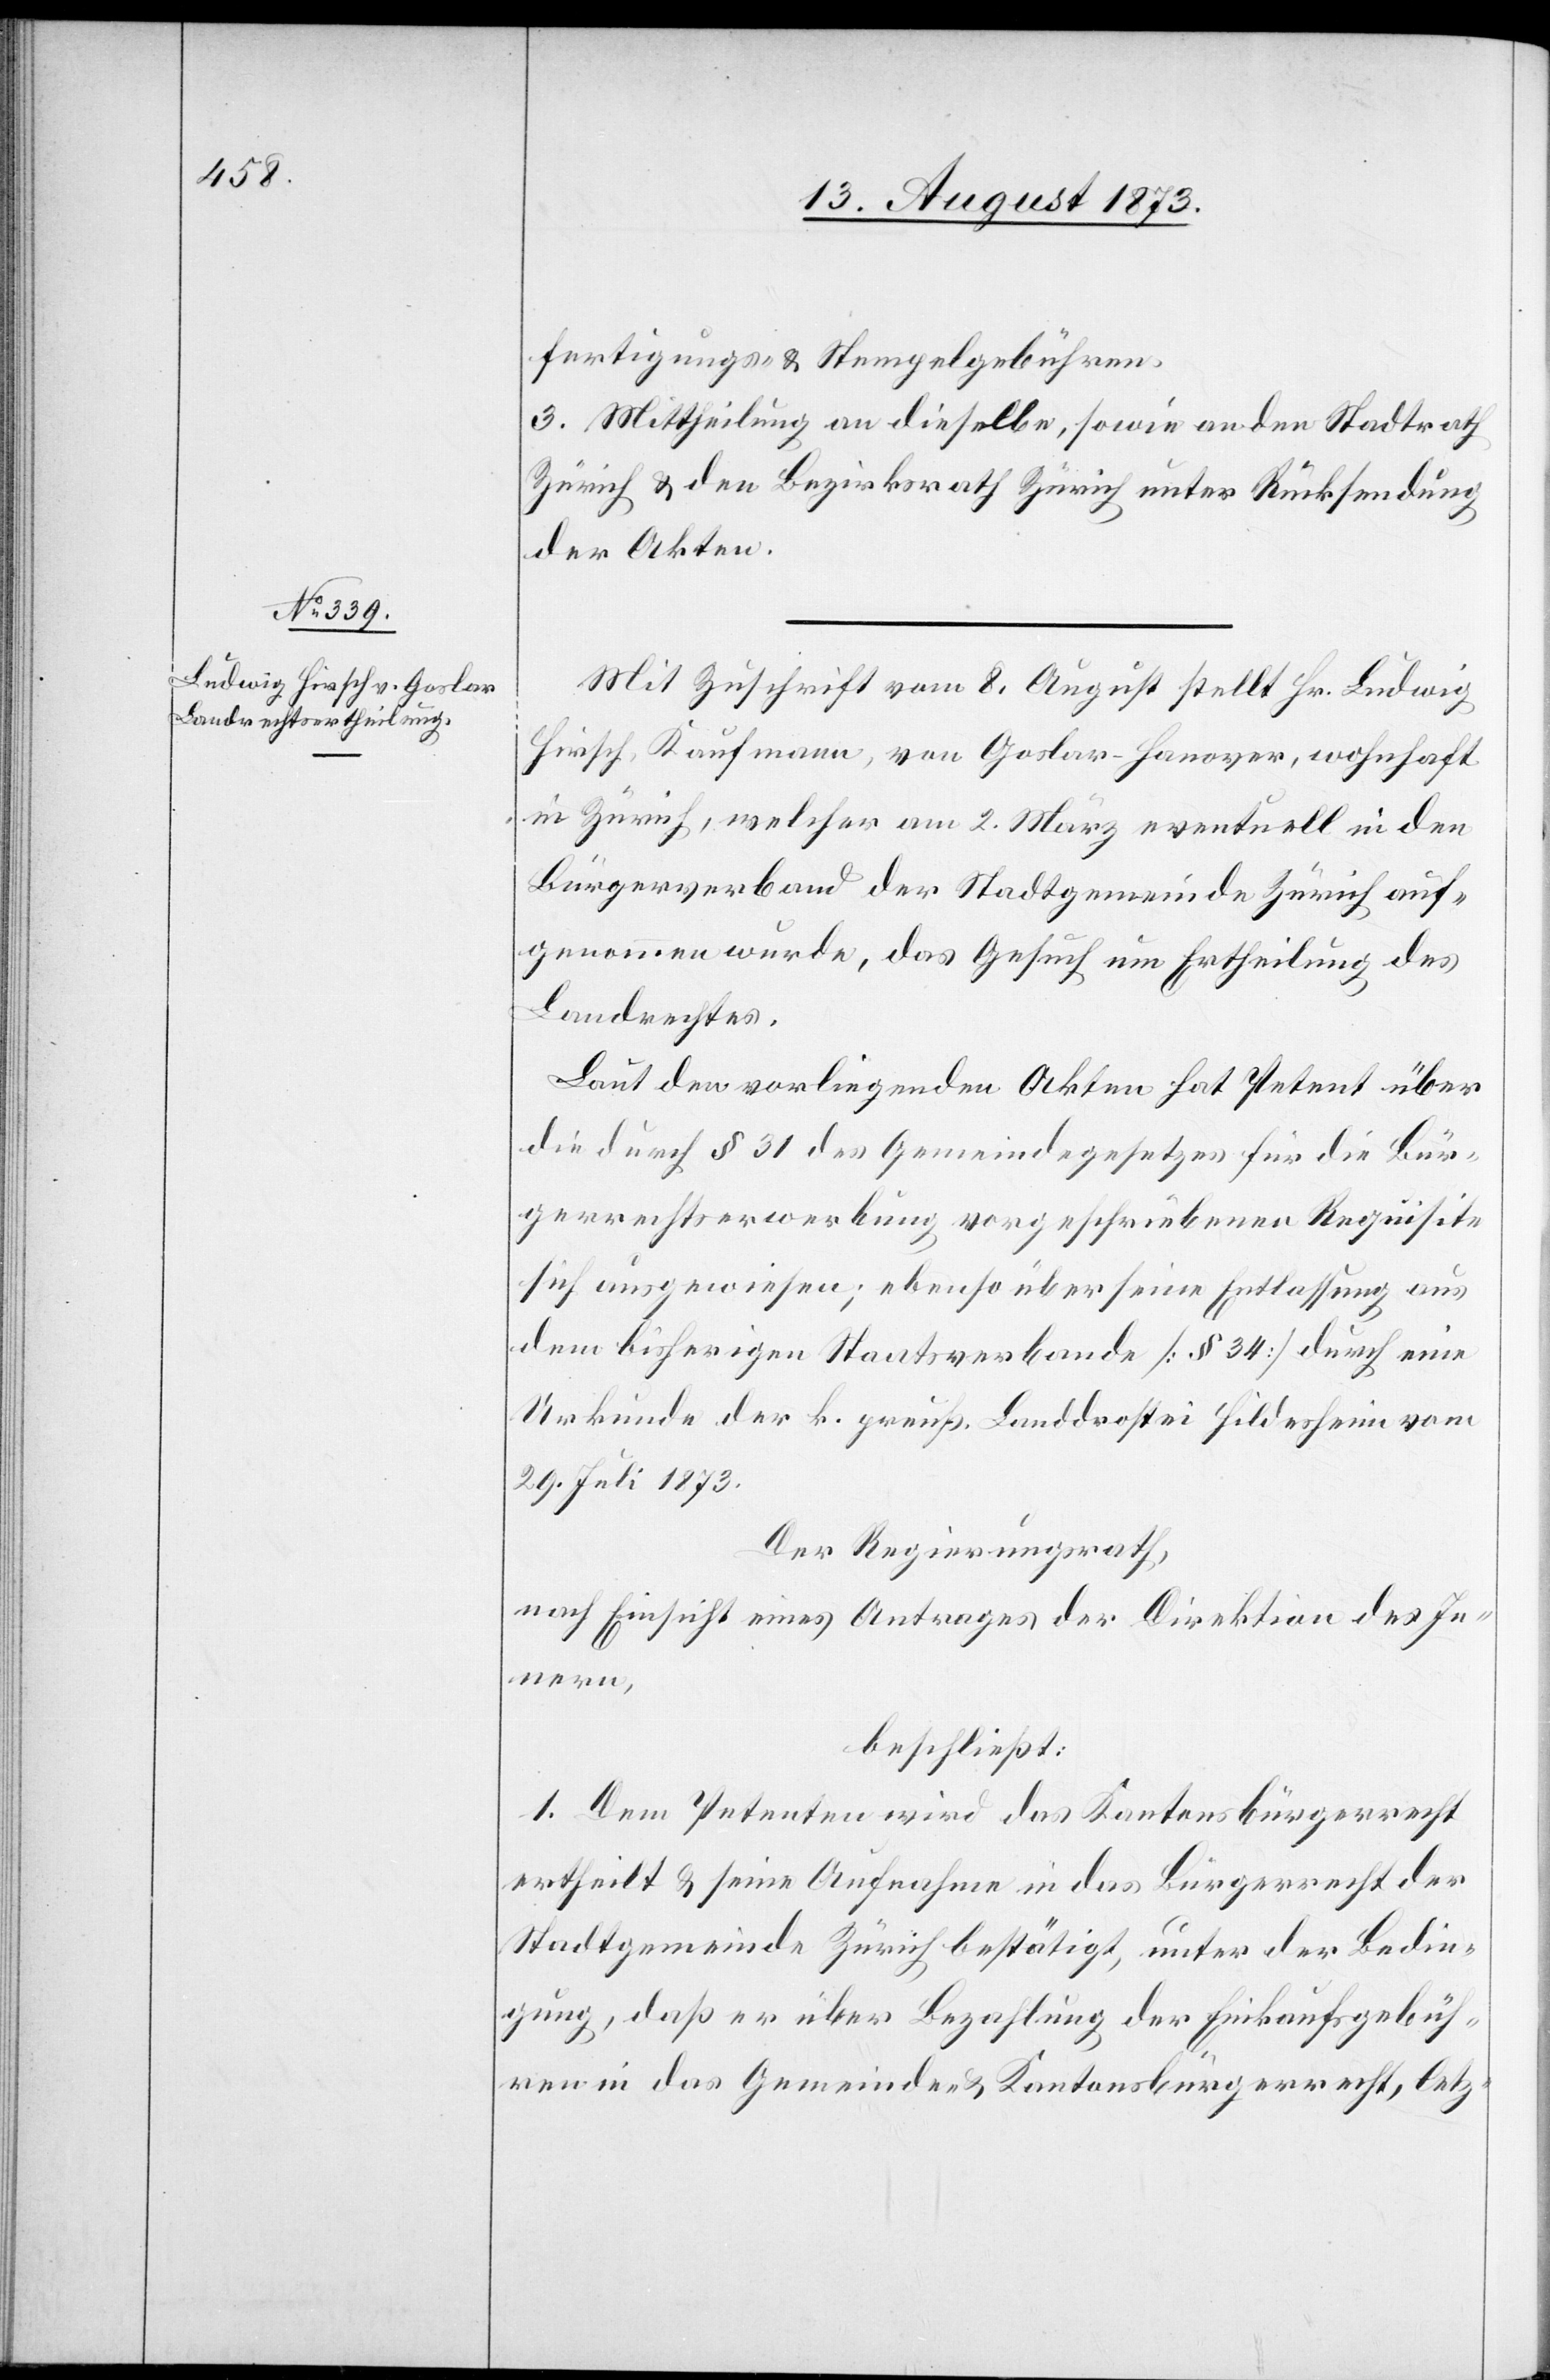
fertigungs- & Stempelgebühren.
3. Mittheilung an dieselbe, sowie an den Stadtrath
Zürich & den Bezirksrath Zürich unter Rücksendung
der Akten.
Mit Zuschrift vom 8. August stellt Hr. Ludwig
Hirsch, Kaufmann, von Goslar-Hanover, wohnhaft
in Zürich, welcher am 2. März eventuell in den
Bürgerverband der Stadtgemeinde Zürich auf¬
genommen wurde, das Gesuch um Ertheilung des
Landrechtes.
Laut den vorliegenden Akten hat Petent über
die durch § 31 des Gemeindegesetzes für die Bür¬
gerrechtserwerbung vorgeschriebenen Requisite
sich ausgewiesen; ebenso über seine Entlassung aus
dem bisherigen Staatsverbande [§ 34] durch eine
Urkunde der k. preuß. Landdrostei Hildesheim vom
29. Juli 1873.
Der Regierungsrath,
nach Einsicht eines Antrages der Direktion des In¬
nern,
beschließt:
1. Dem Petenten wird das Kantonsbürgerrecht
ertheilt & seine Aufnahme in das Bürgerrecht der
Stadtgemeinde Zürich bestätigt, unter der Bedin¬
gung, daß er über Bezahlung der Einkaufsgebüh¬
ren in das Gemeinde- & Kantonsbürgerrecht, letz-